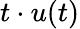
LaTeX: t\cdot u(t)